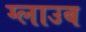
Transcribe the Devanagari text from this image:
ग्लाउब